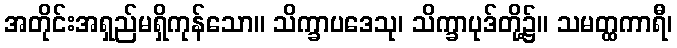
အတိုင်းအရှည်မရှိကုန်သော။ သိက္ခာပဒေသု၊ သိက္ခာပုဒ်တို့၌။ သမတ္ထကာရီ၊